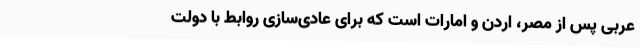
عربی پس از مصر، اردن و امارات است که برای عادی‌سازی روابط با دولت